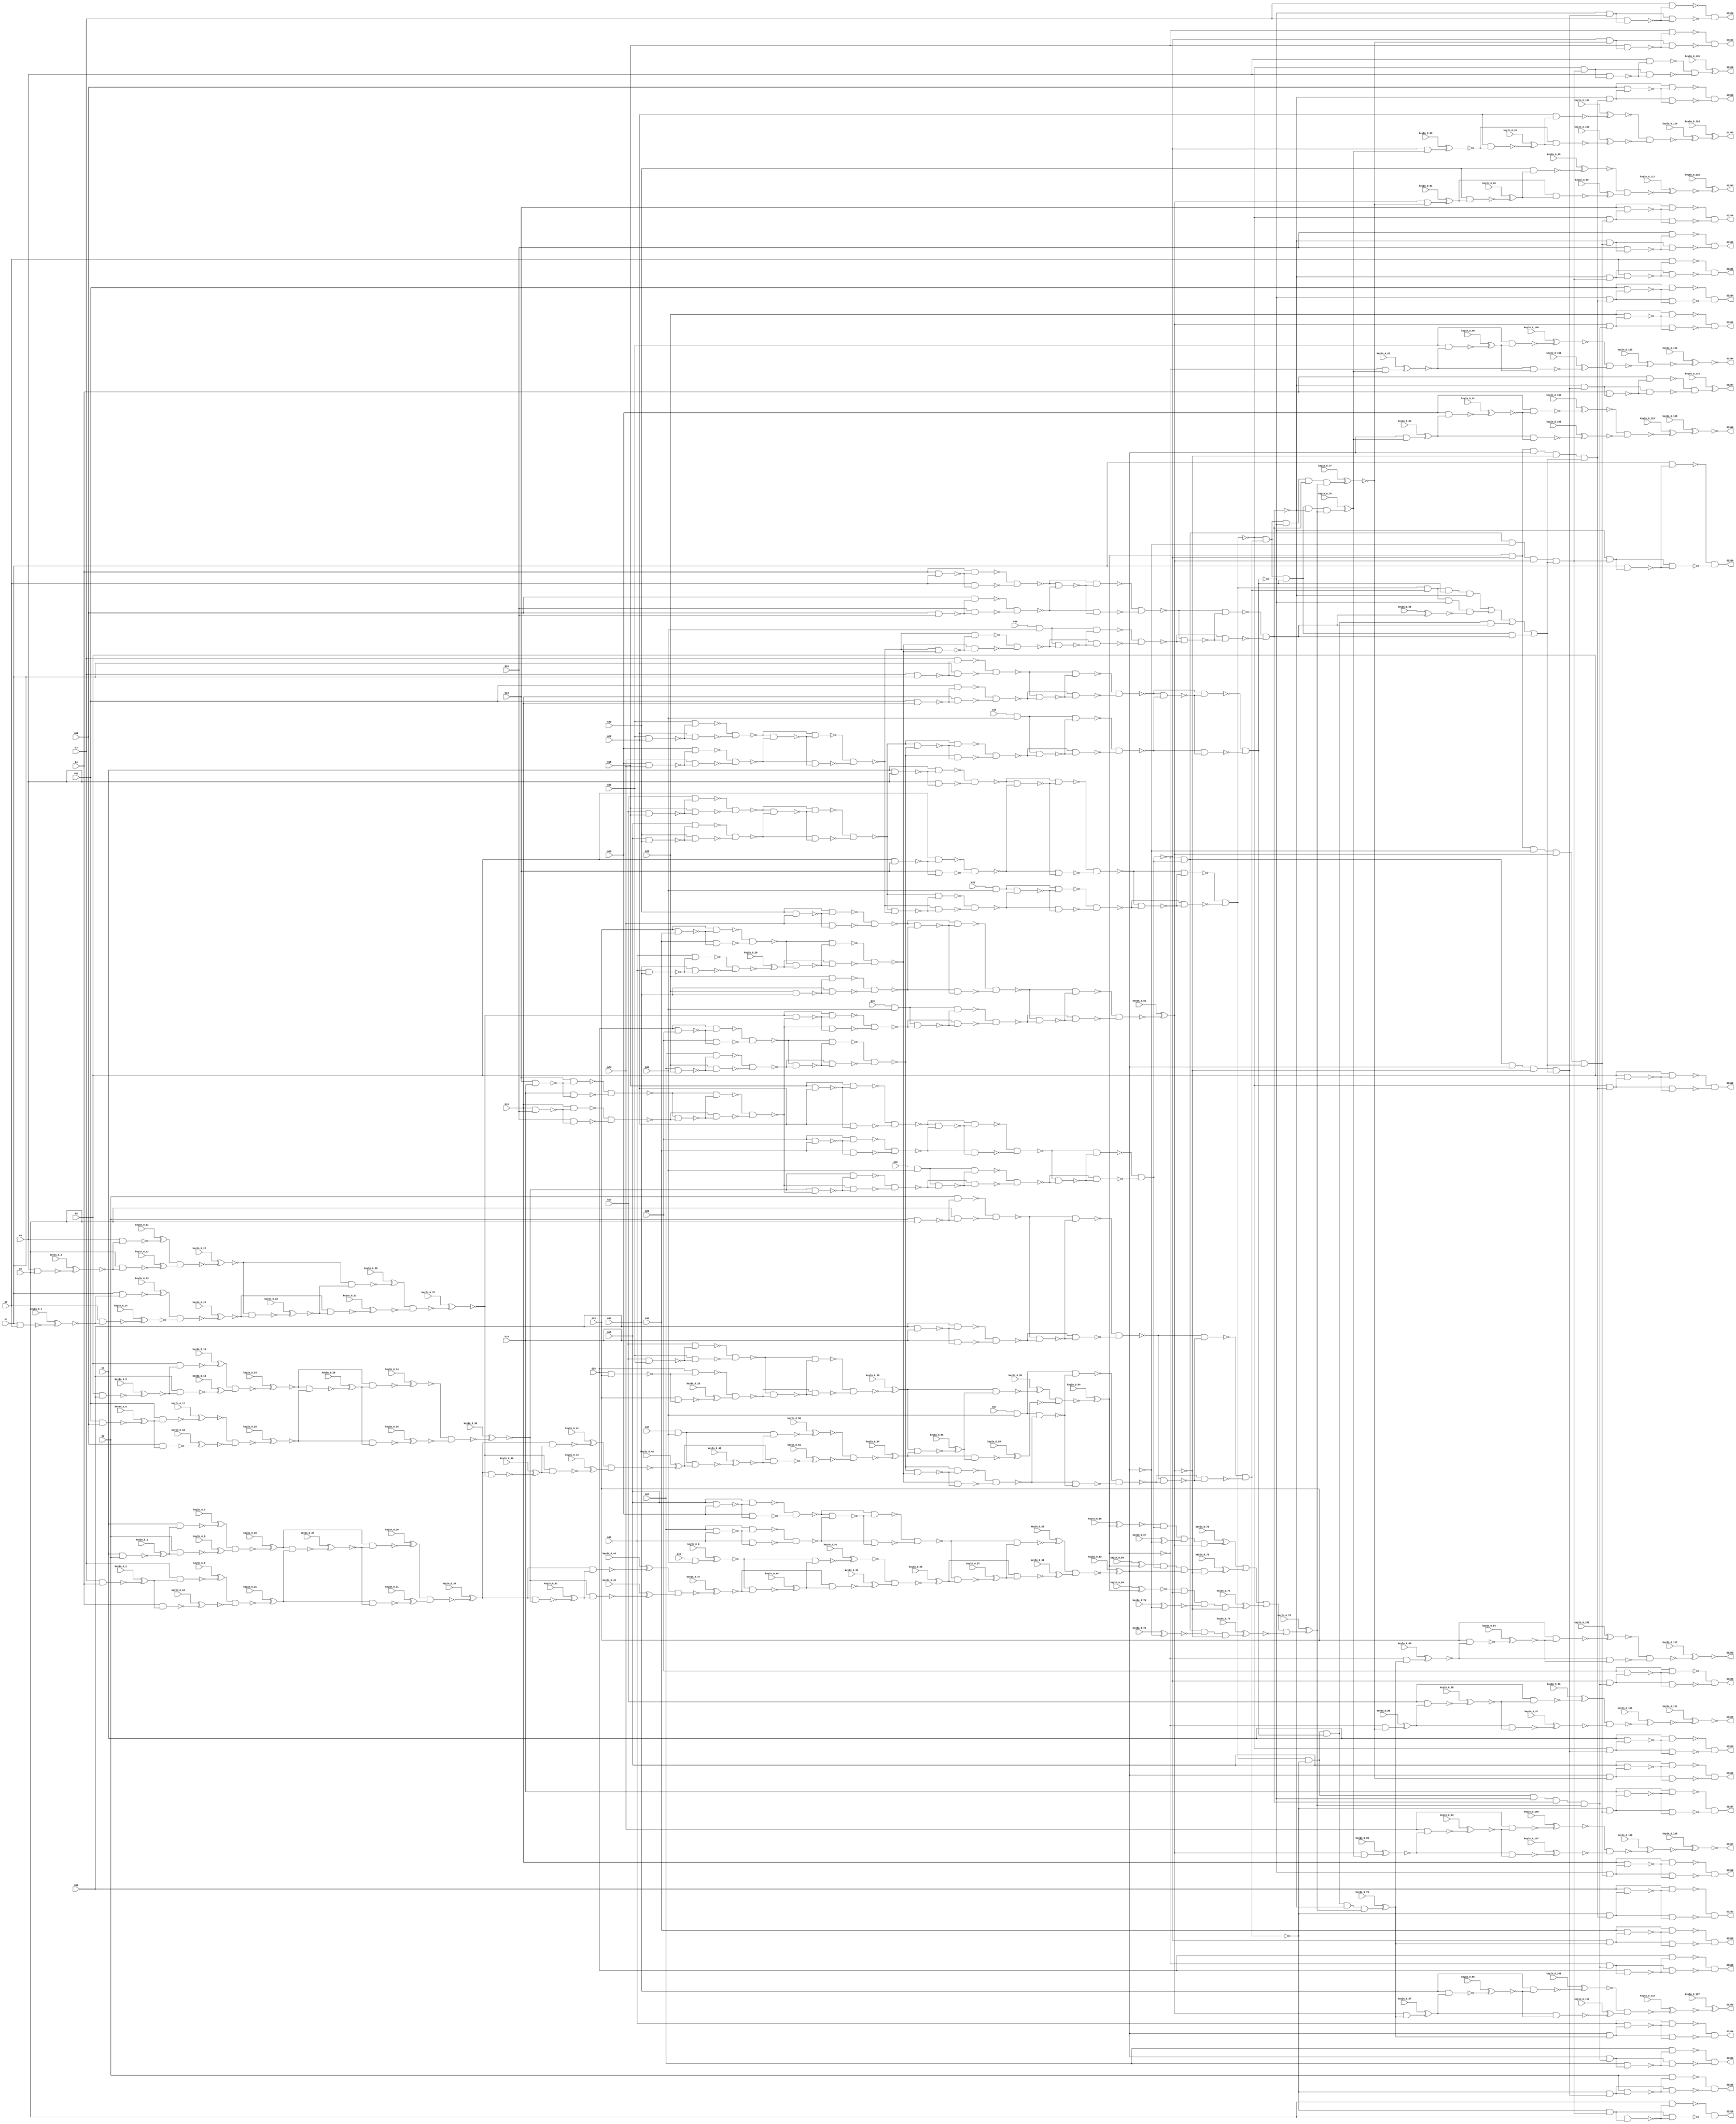
`timescale 1ns / 1ps
module top (G1,G10,G11,G12,G13,G1324,G1325,G1326,G1327,G1328,G1329,G1330,
  G1331,G1332,G1333,G1334,G1335,G1336,G1337,G1338,G1339,G1340,G1341,G1342,
  G1343,G1344,G1345,G1346,G1347,G1348,G1349,G1350,G1351,G1352,G1353,G1354,
  G1355,G14,G15,G16,G17,G18,G19,G2,G20,G21,G22,G23,G24,G25,G26,G27,G28,G29,G3,
                  G30,G31,G32,G33,G34,G35,G36,G37,G38,G39,G4,G40,G41,G5,G6,G7,G8,G9,
        keyIn_0_0, keyIn_0_1, keyIn_0_2, keyIn_0_3, keyIn_0_4,
        keyIn_0_5, keyIn_0_6, keyIn_0_7, keyIn_0_8, keyIn_0_9,
        keyIn_0_10, keyIn_0_11, keyIn_0_12, keyIn_0_13, keyIn_0_14,
        keyIn_0_15, keyIn_0_16, keyIn_0_17, keyIn_0_18, keyIn_0_19,
        keyIn_0_20, keyIn_0_21, keyIn_0_22, keyIn_0_23, keyIn_0_24,
        keyIn_0_25, keyIn_0_26, keyIn_0_27, keyIn_0_28, keyIn_0_29,
        keyIn_0_30, keyIn_0_31, keyIn_0_32, keyIn_0_33, keyIn_0_34,
        keyIn_0_35, keyIn_0_36, keyIn_0_37, keyIn_0_38, keyIn_0_39,
        keyIn_0_40, keyIn_0_41, keyIn_0_42, keyIn_0_43, keyIn_0_44,
        keyIn_0_45, keyIn_0_46, keyIn_0_47, keyIn_0_48, keyIn_0_49,
        keyIn_0_50, keyIn_0_51, keyIn_0_52, keyIn_0_53, keyIn_0_54,
        keyIn_0_55, keyIn_0_56, keyIn_0_57, keyIn_0_58, keyIn_0_59,
        keyIn_0_60, keyIn_0_61, keyIn_0_62, keyIn_0_63, keyIn_0_64,
        keyIn_0_65, keyIn_0_66, keyIn_0_67, keyIn_0_68, keyIn_0_69,
        keyIn_0_70, keyIn_0_71, keyIn_0_72, keyIn_0_73, keyIn_0_74,
        keyIn_0_75, keyIn_0_76, keyIn_0_77, keyIn_0_78, keyIn_0_79,
        keyIn_0_80, keyIn_0_81, keyIn_0_82, keyIn_0_83, keyIn_0_84,
        keyIn_0_85, keyIn_0_86, keyIn_0_87, keyIn_0_88, keyIn_0_89,
        keyIn_0_90, keyIn_0_91, keyIn_0_92, keyIn_0_93, keyIn_0_94,
        keyIn_0_95, keyIn_0_96, keyIn_0_97, keyIn_0_98, keyIn_0_99,
        keyIn_0_100, keyIn_0_101, keyIn_0_102, keyIn_0_103, keyIn_0_104,
        keyIn_0_105, keyIn_0_106, keyIn_0_107, keyIn_0_108, keyIn_0_109,
        keyIn_0_110, keyIn_0_111, keyIn_0_112, keyIn_0_113, keyIn_0_114,
        keyIn_0_115, keyIn_0_116, keyIn_0_117, keyIn_0_118, keyIn_0_119,
        keyIn_0_120, keyIn_0_121, keyIn_0_122, keyIn_0_123, keyIn_0_124,
        keyIn_0_125, keyIn_0_126, keyIn_0_127);

  input keyIn_0_0, keyIn_0_1, keyIn_0_2, keyIn_0_3, keyIn_0_4;
  input keyIn_0_5, keyIn_0_6, keyIn_0_7, keyIn_0_8, keyIn_0_9;
  input keyIn_0_10, keyIn_0_11, keyIn_0_12, keyIn_0_13, keyIn_0_14;
  input keyIn_0_15, keyIn_0_16, keyIn_0_17, keyIn_0_18, keyIn_0_19;
  input keyIn_0_20, keyIn_0_21, keyIn_0_22, keyIn_0_23, keyIn_0_24;
  input keyIn_0_25, keyIn_0_26, keyIn_0_27, keyIn_0_28, keyIn_0_29;
  input keyIn_0_30, keyIn_0_31, keyIn_0_32, keyIn_0_33, keyIn_0_34;
  input keyIn_0_35, keyIn_0_36, keyIn_0_37, keyIn_0_38, keyIn_0_39;
  input keyIn_0_40, keyIn_0_41, keyIn_0_42, keyIn_0_43, keyIn_0_44;
  input keyIn_0_45, keyIn_0_46, keyIn_0_47, keyIn_0_48, keyIn_0_49;
  input keyIn_0_50, keyIn_0_51, keyIn_0_52, keyIn_0_53, keyIn_0_54;
  input keyIn_0_55, keyIn_0_56, keyIn_0_57, keyIn_0_58, keyIn_0_59;
  input keyIn_0_60, keyIn_0_61, keyIn_0_62, keyIn_0_63, keyIn_0_64;
  input keyIn_0_65, keyIn_0_66, keyIn_0_67, keyIn_0_68, keyIn_0_69;
  input keyIn_0_70, keyIn_0_71, keyIn_0_72, keyIn_0_73, keyIn_0_74;
  input keyIn_0_75, keyIn_0_76, keyIn_0_77, keyIn_0_78, keyIn_0_79;
  input keyIn_0_80, keyIn_0_81, keyIn_0_82, keyIn_0_83, keyIn_0_84;
  input keyIn_0_85, keyIn_0_86, keyIn_0_87, keyIn_0_88, keyIn_0_89;
  input keyIn_0_90, keyIn_0_91, keyIn_0_92, keyIn_0_93, keyIn_0_94;
  input keyIn_0_95, keyIn_0_96, keyIn_0_97, keyIn_0_98, keyIn_0_99;
  input keyIn_0_100, keyIn_0_101, keyIn_0_102, keyIn_0_103, keyIn_0_104;
  input keyIn_0_105, keyIn_0_106, keyIn_0_107, keyIn_0_108, keyIn_0_109;
  input keyIn_0_110, keyIn_0_111, keyIn_0_112, keyIn_0_113, keyIn_0_114;
  input keyIn_0_115, keyIn_0_116, keyIn_0_117, keyIn_0_118, keyIn_0_119;
  input keyIn_0_120, keyIn_0_121, keyIn_0_122, keyIn_0_123, keyIn_0_124;
  input keyIn_0_125, keyIn_0_126, keyIn_0_127;

  wire [0:127] KeyWire_0;
  wire [0:57] KeyNOTWire_0;
input G1,G2,G3,G4,G5,G6,G7,G8,G9,G10,G11,G12,G13,G14,G15,G16,G17,G18,G19,G20,
  G21,G22,G23,G24,G25,G26,G27,G28,G29,G30,G31,G32,G33,G34,G35,G36,G37,G38,G39,
  G40,G41;
output G1324,G1325,G1326,G1327,G1328,G1329,G1330,G1331,G1332,G1333,G1334,G1335,
  G1336,G1337,G1338,G1339,G1340,G1341,G1342,G1343,G1344,G1345,G1346,G1347,
  G1348,G1349,G1350,G1351,G1352,G1353,G1354,G1355;

  wire G242,G245,G248,G251,G254,G257,G260,G263,G266,G269,G272,G275,G278,G281,
    G284,G287,G290,G293,G296,G299,G302,G305,G308,G311,G314,G317,G320,G323,G326,
    G329,G332,G335,G338,G341,G344,G347,G350,G353,G356,G359,G362,G363,G364,G365,
    G366,G367,G368,G369,G370,G371,G372,G373,G374,G375,G376,G377,G378,G379,G380,
    G381,G382,G383,G384,G385,G386,G387,G388,G389,G390,G391,G392,G393,G394,G395,
    G396,G397,G398,G399,G400,G401,G402,G403,G404,G405,G406,G407,G408,G409,G410,
    G411,G412,G413,G414,G415,G416,G417,G418,G419,G420,G421,G422,G423,G424,G425,
    G426,G429,G432,G435,G438,G441,G444,G447,G450,G453,G456,G459,G462,G465,G468,
    G471,G474,G477,G480,G483,G486,G489,G492,G495,G498,G501,G504,G507,G510,G513,
    G516,G519,G522,G525,G528,G531,G534,G537,G540,G543,G546,G549,G552,G555,G558,
    G561,G564,G567,G570,G571,G572,G573,G574,G575,G576,G577,G578,G579,G580,G581,
    G582,G583,G584,G585,G586,G587,G588,G589,G590,G591,G592,G593,G594,G595,G596,
    G597,G598,G599,G600,G601,G602,G607,G612,G617,G622,G627,G632,G637,G642,G645,
    G648,G651,G654,G657,G660,G663,G666,G669,G672,G675,G678,G681,G684,G687,G690,
    G691,G692,G693,G694,G695,G696,G697,G698,G699,G700,G701,G702,G703,G704,G705,
    G706,G709,G712,G715,G718,G721,G724,G727,G730,G733,G736,G739,G742,G745,G748,
    G751,G754,G755,G756,G757,G758,G759,G760,G761,G762,G763,G764,G765,G766,G767,
    G768,G769,G770,G773,G776,G779,G782,G785,G788,G791,G794,G797,G800,G803,G806,
    G809,G812,G815,G818,G819,G820,G821,G822,G823,G824,G825,G826,G827,G828,G829,
    G830,G831,G832,G833,G834,G847,G860,G873,G886,G899,G912,G925,G938,G939,G940,
    G941,G942,G943,G944,G945,G946,G947,G948,G949,G950,G951,G952,G953,G954,G955,
    G956,G957,G958,G959,G960,G961,G962,G963,G964,G965,G966,G967,G968,G969,G970,
    G971,G972,G973,G974,G975,G976,G977,G978,G979,G980,G981,G982,G983,G984,G985,
    G986,G991,G996,G1001,G1006,G1011,G1016,G1021,G1026,G1031,G1036,G1039,G1042,
    G1045,G1048,G1051,G1054,G1057,G1060,G1063,G1066,G1069,G1072,G1075,G1078,
    G1081,G1084,G1087,G1090,G1093,G1096,G1099,G1102,G1105,G1108,G1111,G1114,
    G1117,G1120,G1123,G1126,G1129,G1132,G1135,G1138,G1141,G1144,G1147,G1150,
    G1153,G1156,G1159,G1162,G1165,G1168,G1171,G1174,G1177,G1180,G1183,G1186,
    G1189,G1192,G1195,G1198,G1201,G1204,G1207,G1210,G1213,G1216,G1219,G1222,
    G1225,G1228,G1229,G1230,G1231,G1232,G1233,G1234,G1235,G1236,G1237,G1238,
    G1239,G1240,G1241,G1242,G1243,G1244,G1245,G1246,G1247,G1248,G1249,G1250,
    G1251,G1252,G1253,G1254,G1255,G1256,G1257,G1258,G1259,G1260,G1261,G1262,
    G1263,G1264,G1265,G1266,G1267,G1268,G1269,G1270,G1271,G1272,G1273,G1274,
    G1275,G1276,G1277,G1278,G1279,G1280,G1281,G1282,G1283,G1284,G1285,G1286,
    G1287,G1288,G1289,G1290,G1291,G1292,G1293,G1294,G1295,G1296,G1297,G1298,
    G1299,G1300,G1301,G1302,G1303,G1304,G1305,G1306,G1307,G1308,G1309,G1310,
    G1311,G1312,G1313,G1314,G1315,G1316,G1317,G1318,G1319,G1320,G1321,G1322,
    G1323;

  and AND2_0(G242,G33,G41);
  and AND2_1(G245,G34,G41);
  and AND2_2(G248,G35,G41);
  and AND2_3(G251,G36,G41);
  and AND2_4(G254,G37,G41);
  and AND2_5(G257,G38,G41);
  and AND2_6(KeyWire_0[0], G39,G41);
  xnor KeyGate_0_0(G260, keyIn_0_0, KeyWire_0[0]);
  and AND2_7(G263,G40,G41);
  nand NAND2_0(KeyWire_0[1], G1,G2);
  xnor KeyGate_0_1(KeyNOTWire_0[0], keyIn_0_1, KeyWire_0[1]);
  not KeyNOTGate_0_0(G266, KeyNOTWire_0[0]);
  nand NAND2_1(KeyWire_0[2], G3,G4);
  xor KeyGate_0_2(G269, keyIn_0_2, KeyWire_0[2]);
  nand NAND2_2(KeyWire_0[3], G5,G6);
  xor KeyGate_0_3(KeyNOTWire_0[1], keyIn_0_3, KeyWire_0[3]);
  not KeyNOTGate_0_1(G272, KeyNOTWire_0[1]);
  nand NAND2_3(KeyWire_0[4], G7,G8);
  xor KeyGate_0_4(KeyNOTWire_0[2], keyIn_0_4, KeyWire_0[4]);
  not KeyNOTGate_0_2(G275, KeyNOTWire_0[2]);
  nand NAND2_4(KeyWire_0[5], G9,G10);
  xor KeyGate_0_5(KeyNOTWire_0[3], keyIn_0_5, KeyWire_0[5]);
  not KeyNOTGate_0_3(G278, KeyNOTWire_0[3]);
  nand NAND2_5(KeyWire_0[6], G11,G12);
  xnor KeyGate_0_6(KeyNOTWire_0[4], keyIn_0_6, KeyWire_0[6]);
  not KeyNOTGate_0_4(G281, KeyNOTWire_0[4]);
  nand NAND2_6(G284,G13,G14);
  nand NAND2_7(G287,G15,G16);
  nand NAND2_8(G290,G17,G18);
  nand NAND2_9(G293,G19,G20);
  nand NAND2_10(G296,G21,G22);
  nand NAND2_11(G299,G23,G24);
  nand NAND2_12(G302,G25,G26);
  nand NAND2_13(G305,G27,G28);
  nand NAND2_14(G308,G29,G30);
  nand NAND2_15(G311,G31,G32);
  nand NAND2_16(G314,G1,G5);
  nand NAND2_17(G317,G9,G13);
  nand NAND2_18(G320,G2,G6);
  nand NAND2_19(G323,G10,G14);
  nand NAND2_20(G326,G3,G7);
  nand NAND2_21(G329,G11,G15);
  nand NAND2_22(G332,G4,G8);
  nand NAND2_23(G335,G12,G16);
  nand NAND2_24(G338,G17,G21);
  nand NAND2_25(G341,G25,G29);
  nand NAND2_26(G344,G18,G22);
  nand NAND2_27(G347,G26,G30);
  nand NAND2_28(G350,G19,G23);
  nand NAND2_29(G353,G27,G31);
  nand NAND2_30(G356,G20,G24);
  nand NAND2_31(G359,G28,G32);
  nand NAND2_32(KeyWire_0[7], G1,G266);
  xnor KeyGate_0_7(KeyNOTWire_0[5], keyIn_0_7, KeyWire_0[7]);
  not KeyNOTGate_0_5(G362, KeyNOTWire_0[5]);
  nand NAND2_33(KeyWire_0[8], G2,G266);
  xnor KeyGate_0_8(KeyNOTWire_0[6], keyIn_0_8, KeyWire_0[8]);
  not KeyNOTGate_0_6(G363, KeyNOTWire_0[6]);
  nand NAND2_34(KeyWire_0[9], G3,G269);
  xor KeyGate_0_9(G364, keyIn_0_9, KeyWire_0[9]);
  nand NAND2_35(KeyWire_0[10], G4,G269);
  xor KeyGate_0_10(KeyNOTWire_0[7], keyIn_0_10, KeyWire_0[10]);
  not KeyNOTGate_0_7(G365, KeyNOTWire_0[7]);
  nand NAND2_36(KeyWire_0[11], G5,G272);
  xnor KeyGate_0_11(KeyNOTWire_0[8], keyIn_0_11, KeyWire_0[11]);
  not KeyNOTGate_0_8(G366, KeyNOTWire_0[8]);
  nand NAND2_37(KeyWire_0[12], G6,G272);
  xor KeyGate_0_12(G367, keyIn_0_12, KeyWire_0[12]);
  nand NAND2_38(KeyWire_0[13], G7,G275);
  xnor KeyGate_0_13(KeyNOTWire_0[9], keyIn_0_13, KeyWire_0[13]);
  not KeyNOTGate_0_9(G368, KeyNOTWire_0[9]);
  nand NAND2_39(KeyWire_0[14], G8,G275);
  xor KeyGate_0_14(KeyNOTWire_0[10], keyIn_0_14, KeyWire_0[14]);
  not KeyNOTGate_0_10(G369, KeyNOTWire_0[10]);
  nand NAND2_40(KeyWire_0[15], G9,G278);
  xnor KeyGate_0_15(KeyNOTWire_0[11], keyIn_0_15, KeyWire_0[15]);
  not KeyNOTGate_0_11(G370, KeyNOTWire_0[11]);
  nand NAND2_41(KeyWire_0[16], G10,G278);
  xnor KeyGate_0_16(KeyNOTWire_0[12], keyIn_0_16, KeyWire_0[16]);
  not KeyNOTGate_0_12(G371, KeyNOTWire_0[12]);
  nand NAND2_42(KeyWire_0[17], G11,G281);
  xnor KeyGate_0_17(G372, keyIn_0_17, KeyWire_0[17]);
  nand NAND2_43(KeyWire_0[18], G12,G281);
  xor KeyGate_0_18(KeyNOTWire_0[13], keyIn_0_18, KeyWire_0[18]);
  not KeyNOTGate_0_13(G373, KeyNOTWire_0[13]);
  nand NAND2_44(G374,G13,G284);
  nand NAND2_45(G375,G14,G284);
  nand NAND2_46(G376,G15,G287);
  nand NAND2_47(G377,G16,G287);
  nand NAND2_48(G378,G17,G290);
  nand NAND2_49(G379,G18,G290);
  nand NAND2_50(G380,G19,G293);
  nand NAND2_51(G381,G20,G293);
  nand NAND2_52(G382,G21,G296);
  nand NAND2_53(G383,G22,G296);
  nand NAND2_54(G384,G23,G299);
  nand NAND2_55(G385,G24,G299);
  nand NAND2_56(G386,G25,G302);
  nand NAND2_57(G387,G26,G302);
  nand NAND2_58(G388,G27,G305);
  nand NAND2_59(G389,G28,G305);
  nand NAND2_60(G390,G29,G308);
  nand NAND2_61(G391,G30,G308);
  nand NAND2_62(G392,G31,G311);
  nand NAND2_63(G393,G32,G311);
  nand NAND2_64(G394,G1,G314);
  nand NAND2_65(G395,G5,G314);
  nand NAND2_66(G396,G9,G317);
  nand NAND2_67(G397,G13,G317);
  nand NAND2_68(G398,G2,G320);
  nand NAND2_69(G399,G6,G320);
  nand NAND2_70(G400,G10,G323);
  nand NAND2_71(G401,G14,G323);
  nand NAND2_72(G402,G3,G326);
  nand NAND2_73(G403,G7,G326);
  nand NAND2_74(G404,G11,G329);
  nand NAND2_75(G405,G15,G329);
  nand NAND2_76(G406,G4,G332);
  nand NAND2_77(G407,G8,G332);
  nand NAND2_78(G408,G12,G335);
  nand NAND2_79(G409,G16,G335);
  nand NAND2_80(G410,G17,G338);
  nand NAND2_81(G411,G21,G338);
  nand NAND2_82(G412,G25,G341);
  nand NAND2_83(KeyWire_0[19], G29,G341);
  xnor KeyGate_0_19(KeyNOTWire_0[14], keyIn_0_19, KeyWire_0[19]);
  not KeyNOTGate_0_14(G413, KeyNOTWire_0[14]);
  nand NAND2_84(G414,G18,G344);
  nand NAND2_85(G415,G22,G344);
  nand NAND2_86(G416,G26,G347);
  nand NAND2_87(G417,G30,G347);
  nand NAND2_88(G418,G19,G350);
  nand NAND2_89(G419,G23,G350);
  nand NAND2_90(G420,G27,G353);
  nand NAND2_91(G421,G31,G353);
  nand NAND2_92(G422,G20,G356);
  nand NAND2_93(G423,G24,G356);
  nand NAND2_94(G424,G28,G359);
  nand NAND2_95(G425,G32,G359);
  nand NAND2_96(KeyWire_0[20], G362,G363);
  xor KeyGate_0_20(G426, keyIn_0_20, KeyWire_0[20]);
  nand NAND2_97(KeyWire_0[21], G364,G365);
  xor KeyGate_0_21(G429, keyIn_0_21, KeyWire_0[21]);
  nand NAND2_98(KeyWire_0[22], G366,G367);
  xor KeyGate_0_22(KeyNOTWire_0[15], keyIn_0_22, KeyWire_0[22]);
  not KeyNOTGate_0_15(G432, KeyNOTWire_0[15]);
  nand NAND2_99(KeyWire_0[23], G368,G369);
  xnor KeyGate_0_23(G435, keyIn_0_23, KeyWire_0[23]);
  nand NAND2_100(KeyWire_0[24], G370,G371);
  xor KeyGate_0_24(KeyNOTWire_0[16], keyIn_0_24, KeyWire_0[24]);
  not KeyNOTGate_0_16(G438, KeyNOTWire_0[16]);
  nand NAND2_101(KeyWire_0[25], G372,G373);
  xnor KeyGate_0_25(G441, keyIn_0_25, KeyWire_0[25]);
  nand NAND2_102(G444,G374,G375);
  nand NAND2_103(G447,G376,G377);
  nand NAND2_104(G450,G378,G379);
  nand NAND2_105(G453,G380,G381);
  nand NAND2_106(G456,G382,G383);
  nand NAND2_107(G459,G384,G385);
  nand NAND2_108(G462,G386,G387);
  nand NAND2_109(G465,G388,G389);
  nand NAND2_110(G468,G390,G391);
  nand NAND2_111(KeyWire_0[26], G392,G393);
  xor KeyGate_0_26(G471, keyIn_0_26, KeyWire_0[26]);
  nand NAND2_112(G474,G394,G395);
  nand NAND2_113(G477,G396,G397);
  nand NAND2_114(G480,G398,G399);
  nand NAND2_115(G483,G400,G401);
  nand NAND2_116(G486,G402,G403);
  nand NAND2_117(G489,G404,G405);
  nand NAND2_118(G492,G406,G407);
  nand NAND2_119(G495,G408,G409);
  nand NAND2_120(G498,G410,G411);
  nand NAND2_121(G501,G412,G413);
  nand NAND2_122(G504,G414,G415);
  nand NAND2_123(G507,G416,G417);
  nand NAND2_124(G510,G418,G419);
  nand NAND2_125(G513,G420,G421);
  nand NAND2_126(G516,G422,G423);
  nand NAND2_127(G519,G424,G425);
  nand NAND2_128(KeyWire_0[27], G426,G429);
  xnor KeyGate_0_27(G522, keyIn_0_27, KeyWire_0[27]);
  nand NAND2_129(KeyWire_0[28], G432,G435);
  xnor KeyGate_0_28(G525, keyIn_0_28, KeyWire_0[28]);
  nand NAND2_130(KeyWire_0[29], G438,G441);
  xor KeyGate_0_29(G528, keyIn_0_29, KeyWire_0[29]);
  nand NAND2_131(G531,G444,G447);
  nand NAND2_132(G534,G450,G453);
  nand NAND2_133(G537,G456,G459);
  nand NAND2_134(G540,G462,G465);
  nand NAND2_135(G543,G468,G471);
  nand NAND2_136(G546,G474,G477);
  nand NAND2_137(G549,G480,G483);
  nand NAND2_138(G552,G486,G489);
  nand NAND2_139(G555,G492,G495);
  nand NAND2_140(G558,G498,G501);
  nand NAND2_141(G561,G504,G507);
  nand NAND2_142(G564,G510,G513);
  nand NAND2_143(G567,G516,G519);
  nand NAND2_144(KeyWire_0[30], G426,G522);
  xnor KeyGate_0_30(KeyNOTWire_0[17], keyIn_0_30, KeyWire_0[30]);
  not KeyNOTGate_0_17(G570, KeyNOTWire_0[17]);
  nand NAND2_145(KeyWire_0[31], G429,G522);
  xor KeyGate_0_31(G571, keyIn_0_31, KeyWire_0[31]);
  nand NAND2_146(KeyWire_0[32], G432,G525);
  xor KeyGate_0_32(G572, keyIn_0_32, KeyWire_0[32]);
  nand NAND2_147(KeyWire_0[33], G435,G525);
  xor KeyGate_0_33(KeyNOTWire_0[18], keyIn_0_33, KeyWire_0[33]);
  not KeyNOTGate_0_18(G573, KeyNOTWire_0[18]);
  nand NAND2_148(KeyWire_0[34], G438,G528);
  xnor KeyGate_0_34(G574, keyIn_0_34, KeyWire_0[34]);
  nand NAND2_149(KeyWire_0[35], G441,G528);
  xnor KeyGate_0_35(G575, keyIn_0_35, KeyWire_0[35]);
  nand NAND2_150(G576,G444,G531);
  nand NAND2_151(G577,G447,G531);
  nand NAND2_152(G578,G450,G534);
  nand NAND2_153(G579,G453,G534);
  nand NAND2_154(G580,G456,G537);
  nand NAND2_155(G581,G459,G537);
  nand NAND2_156(G582,G462,G540);
  nand NAND2_157(G583,G465,G540);
  nand NAND2_158(G584,G468,G543);
  nand NAND2_159(G585,G471,G543);
  nand NAND2_160(G586,G474,G546);
  nand NAND2_161(G587,G477,G546);
  nand NAND2_162(G588,G480,G549);
  nand NAND2_163(G589,G483,G549);
  nand NAND2_164(G590,G486,G552);
  nand NAND2_165(G591,G489,G552);
  nand NAND2_166(G592,G492,G555);
  nand NAND2_167(G593,G495,G555);
  nand NAND2_168(G594,G498,G558);
  nand NAND2_169(G595,G501,G558);
  nand NAND2_170(G596,G504,G561);
  nand NAND2_171(G597,G507,G561);
  nand NAND2_172(G598,G510,G564);
  nand NAND2_173(G599,G513,G564);
  nand NAND2_174(G600,G516,G567);
  nand NAND2_175(G601,G519,G567);
  nand NAND2_176(KeyWire_0[36], G570,G571);
  xnor KeyGate_0_36(KeyNOTWire_0[19], keyIn_0_36, KeyWire_0[36]);
  not KeyNOTGate_0_19(G602, KeyNOTWire_0[19]);
  nand NAND2_177(KeyWire_0[37], G572,G573);
  xor KeyGate_0_37(KeyNOTWire_0[20], keyIn_0_37, KeyWire_0[37]);
  not KeyNOTGate_0_20(G607, KeyNOTWire_0[20]);
  nand NAND2_178(KeyWire_0[38], G574,G575);
  xnor KeyGate_0_38(G612, keyIn_0_38, KeyWire_0[38]);
  nand NAND2_179(G617,G576,G577);
  nand NAND2_180(G622,G578,G579);
  nand NAND2_181(G627,G580,G581);
  nand NAND2_182(G632,G582,G583);
  nand NAND2_183(G637,G584,G585);
  nand NAND2_184(G642,G586,G587);
  nand NAND2_185(G645,G588,G589);
  nand NAND2_186(G648,G590,G591);
  nand NAND2_187(G651,G592,G593);
  nand NAND2_188(KeyWire_0[39], G594,G595);
  xor KeyGate_0_39(G654, keyIn_0_39, KeyWire_0[39]);
  nand NAND2_189(G657,G596,G597);
  nand NAND2_190(G660,G598,G599);
  nand NAND2_191(G663,G600,G601);
  nand NAND2_192(KeyWire_0[40], G602,G607);
  xor KeyGate_0_40(G666, keyIn_0_40, KeyWire_0[40]);
  nand NAND2_193(G669,G612,G617);
  nand NAND2_194(KeyWire_0[41], G602,G612);
  xor KeyGate_0_41(G672, keyIn_0_41, KeyWire_0[41]);
  nand NAND2_195(G675,G607,G617);
  nand NAND2_196(G678,G622,G627);
  nand NAND2_197(G681,G632,G637);
  nand NAND2_198(G684,G622,G632);
  nand NAND2_199(G687,G627,G637);
  nand NAND2_200(KeyWire_0[42], G602,G666);
  xor KeyGate_0_42(G690, keyIn_0_42, KeyWire_0[42]);
  nand NAND2_201(KeyWire_0[43], G607,G666);
  xnor KeyGate_0_43(KeyNOTWire_0[21], keyIn_0_43, KeyWire_0[43]);
  not KeyNOTGate_0_21(G691, KeyNOTWire_0[21]);
  nand NAND2_202(G692,G612,G669);
  nand NAND2_203(G693,G617,G669);
  nand NAND2_204(KeyWire_0[44], G602,G672);
  xnor KeyGate_0_44(KeyNOTWire_0[22], keyIn_0_44, KeyWire_0[44]);
  not KeyNOTGate_0_22(G694, KeyNOTWire_0[22]);
  nand NAND2_205(KeyWire_0[45], G612,G672);
  xnor KeyGate_0_45(KeyNOTWire_0[23], keyIn_0_45, KeyWire_0[45]);
  not KeyNOTGate_0_23(G695, KeyNOTWire_0[23]);
  nand NAND2_206(G696,G607,G675);
  nand NAND2_207(G697,G617,G675);
  nand NAND2_208(G698,G622,G678);
  nand NAND2_209(G699,G627,G678);
  nand NAND2_210(G700,G632,G681);
  nand NAND2_211(G701,G637,G681);
  nand NAND2_212(G702,G622,G684);
  nand NAND2_213(G703,G632,G684);
  nand NAND2_214(G704,G627,G687);
  nand NAND2_215(G705,G637,G687);
  nand NAND2_216(KeyWire_0[46], G690,G691);
  xor KeyGate_0_46(G706, keyIn_0_46, KeyWire_0[46]);
  nand NAND2_217(G709,G692,G693);
  nand NAND2_218(KeyWire_0[47], G694,G695);
  xor KeyGate_0_47(KeyNOTWire_0[24], keyIn_0_47, KeyWire_0[47]);
  not KeyNOTGate_0_24(G712, KeyNOTWire_0[24]);
  nand NAND2_219(G715,G696,G697);
  nand NAND2_220(G718,G698,G699);
  nand NAND2_221(G721,G700,G701);
  nand NAND2_222(G724,G702,G703);
  nand NAND2_223(G727,G704,G705);
  nand NAND2_224(G730,G242,G718);
  nand NAND2_225(G733,G245,G721);
  nand NAND2_226(G736,G248,G724);
  nand NAND2_227(G739,G251,G727);
  nand NAND2_228(KeyWire_0[48], G254,G706);
  xnor KeyGate_0_48(G742, keyIn_0_48, KeyWire_0[48]);
  nand NAND2_229(G745,G257,G709);
  nand NAND2_230(KeyWire_0[49], G260,G712);
  xor KeyGate_0_49(G748, keyIn_0_49, KeyWire_0[49]);
  nand NAND2_231(G751,G263,G715);
  nand NAND2_232(G754,G242,G730);
  nand NAND2_233(G755,G718,G730);
  nand NAND2_234(G756,G245,G733);
  nand NAND2_235(G757,G721,G733);
  nand NAND2_236(G758,G248,G736);
  nand NAND2_237(G759,G724,G736);
  nand NAND2_238(G760,G251,G739);
  nand NAND2_239(G761,G727,G739);
  nand NAND2_240(KeyWire_0[50], G254,G742);
  xor KeyGate_0_50(KeyNOTWire_0[25], keyIn_0_50, KeyWire_0[50]);
  not KeyNOTGate_0_25(G762, KeyNOTWire_0[25]);
  nand NAND2_241(KeyWire_0[51], G706,G742);
  xnor KeyGate_0_51(G763, keyIn_0_51, KeyWire_0[51]);
  nand NAND2_242(G764,G257,G745);
  nand NAND2_243(G765,G709,G745);
  nand NAND2_244(KeyWire_0[52], G260,G748);
  xnor KeyGate_0_52(G766, keyIn_0_52, KeyWire_0[52]);
  nand NAND2_245(KeyWire_0[53], G712,G748);
  xnor KeyGate_0_53(KeyNOTWire_0[26], keyIn_0_53, KeyWire_0[53]);
  not KeyNOTGate_0_26(G767, KeyNOTWire_0[26]);
  nand NAND2_246(G768,G263,G751);
  nand NAND2_247(G769,G715,G751);
  nand NAND2_248(G770,G754,G755);
  nand NAND2_249(G773,G756,G757);
  nand NAND2_250(G776,G758,G759);
  nand NAND2_251(G779,G760,G761);
  nand NAND2_252(KeyWire_0[54], G762,G763);
  xor KeyGate_0_54(G782, keyIn_0_54, KeyWire_0[54]);
  nand NAND2_253(G785,G764,G765);
  nand NAND2_254(KeyWire_0[55], G766,G767);
  xor KeyGate_0_55(G788, keyIn_0_55, KeyWire_0[55]);
  nand NAND2_255(G791,G768,G769);
  nand NAND2_256(G794,G642,G770);
  nand NAND2_257(G797,G645,G773);
  nand NAND2_258(G800,G648,G776);
  nand NAND2_259(G803,G651,G779);
  nand NAND2_260(KeyWire_0[56], G654,G782);
  xor KeyGate_0_56(G806, keyIn_0_56, KeyWire_0[56]);
  nand NAND2_261(G809,G657,G785);
  nand NAND2_262(KeyWire_0[57], G660,G788);
  xnor KeyGate_0_57(KeyNOTWire_0[27], keyIn_0_57, KeyWire_0[57]);
  not KeyNOTGate_0_27(G812, KeyNOTWire_0[27]);
  nand NAND2_263(G815,G663,G791);
  nand NAND2_264(G818,G642,G794);
  nand NAND2_265(G819,G770,G794);
  nand NAND2_266(G820,G645,G797);
  nand NAND2_267(G821,G773,G797);
  nand NAND2_268(G822,G648,G800);
  nand NAND2_269(G823,G776,G800);
  nand NAND2_270(G824,G651,G803);
  nand NAND2_271(G825,G779,G803);
  nand NAND2_272(KeyWire_0[58], G654,G806);
  xor KeyGate_0_58(G826, keyIn_0_58, KeyWire_0[58]);
  nand NAND2_273(KeyWire_0[59], G782,G806);
  xor KeyGate_0_59(KeyNOTWire_0[28], keyIn_0_59, KeyWire_0[59]);
  not KeyNOTGate_0_28(G827, KeyNOTWire_0[28]);
  nand NAND2_274(G828,G657,G809);
  nand NAND2_275(G829,G785,G809);
  nand NAND2_276(KeyWire_0[60], G660,G812);
  xor KeyGate_0_60(G830, keyIn_0_60, KeyWire_0[60]);
  nand NAND2_277(KeyWire_0[61], G788,G812);
  xor KeyGate_0_61(G831, keyIn_0_61, KeyWire_0[61]);
  nand NAND2_278(G832,G663,G815);
  nand NAND2_279(G833,G791,G815);
  nand NAND2_280(G834,G818,G819);
  nand NAND2_281(G847,G820,G821);
  nand NAND2_282(G860,G822,G823);
  nand NAND2_283(G873,G824,G825);
  nand NAND2_284(G886,G828,G829);
  nand NAND2_285(KeyWire_0[62], G832,G833);
  xnor KeyGate_0_62(KeyNOTWire_0[29], keyIn_0_62, KeyWire_0[62]);
  not KeyNOTGate_0_29(G899, KeyNOTWire_0[29]);
  nand NAND2_286(KeyWire_0[63], G830,G831);
  xnor KeyGate_0_63(KeyNOTWire_0[30], keyIn_0_63, KeyWire_0[63]);
  not KeyNOTGate_0_30(G912, KeyNOTWire_0[30]);
  nand NAND2_287(KeyWire_0[64], G826,G827);
  xnor KeyGate_0_64(G925, keyIn_0_64, KeyWire_0[64]);
  not NOT_0(G938,G834);
  not NOT_1(G939,G847);
  not NOT_2(G940,G860);
  not NOT_3(G941,G834);
  not NOT_4(G942,G847);
  not NOT_5(KeyWire_0[65], G873);
  xor KeyGate_0_65(KeyNOTWire_0[31], keyIn_0_65, KeyWire_0[65]);
  not KeyNOTGate_0_31(G943, KeyNOTWire_0[31]);
  not NOT_6(G944,G834);
  not NOT_7(G945,G860);
  not NOT_8(G946,G873);
  not NOT_9(G947,G847);
  not NOT_10(G948,G860);
  not NOT_11(G949,G873);
  not NOT_12(G950,G886);
  not NOT_13(G951,G899);
  not NOT_14(G952,G886);
  not NOT_15(G953,G912);
  not NOT_16(G954,G925);
  not NOT_17(G955,G899);
  not NOT_18(G956,G925);
  not NOT_19(G957,G912);
  not NOT_20(KeyWire_0[66], G925);
  xor KeyGate_0_66(KeyNOTWire_0[32], keyIn_0_66, KeyWire_0[66]);
  not KeyNOTGate_0_32(G958, KeyNOTWire_0[32]);
  not NOT_21(G959,G886);
  not NOT_22(KeyWire_0[67], G912);
  xor KeyGate_0_67(G960, keyIn_0_67, KeyWire_0[67]);
  not NOT_23(KeyWire_0[68], G925);
  xor KeyGate_0_68(G961, keyIn_0_68, KeyWire_0[68]);
  not NOT_24(G962,G886);
  not NOT_25(G963,G899);
  not NOT_26(KeyWire_0[69], G925);
  xnor KeyGate_0_69(G964, keyIn_0_69, KeyWire_0[69]);
  not NOT_27(KeyWire_0[70], G912);
  xnor KeyGate_0_70(G965, keyIn_0_70, KeyWire_0[70]);
  not NOT_28(G966,G899);
  not NOT_29(G967,G886);
  not NOT_30(KeyWire_0[71], G912);
  xnor KeyGate_0_71(G968, keyIn_0_71, KeyWire_0[71]);
  not NOT_31(G969,G899);
  not NOT_32(G970,G847);
  not NOT_33(G971,G873);
  not NOT_34(G972,G847);
  not NOT_35(G973,G860);
  not NOT_36(G974,G834);
  not NOT_37(G975,G873);
  not NOT_38(G976,G834);
  not NOT_39(G977,G860);
  and AND4_0(G978,G938,G939,G940,G873);
  and AND4_1(G979,G941,G942,G860,G943);
  and AND4_2(G980,G944,G847,G945,G946);
  and AND4_3(G981,G834,G947,G948,G949);
  and AND4_4(KeyWire_0[72], G958,G959,G960,G899);
  xnor KeyGate_0_72(KeyNOTWire_0[33], keyIn_0_72, KeyWire_0[72]);
  not KeyNOTGate_0_33(G982, KeyNOTWire_0[33]);
  and AND4_5(KeyWire_0[73], G961,G962,G912,G963);
  xnor KeyGate_0_73(KeyNOTWire_0[34], keyIn_0_73, KeyWire_0[73]);
  not KeyNOTGate_0_34(G983, KeyNOTWire_0[34]);
  and AND4_6(KeyWire_0[74], G964,G886,G965,G966);
  xnor KeyGate_0_74(KeyNOTWire_0[35], keyIn_0_74, KeyWire_0[74]);
  not KeyNOTGate_0_35(G984, KeyNOTWire_0[35]);
  and AND4_7(KeyWire_0[75], G925,G967,G968,G969);
  xnor KeyGate_0_75(G985, keyIn_0_75, KeyWire_0[75]);
  or OR4_0(G986,G978,G979,G980,G981);
  or OR4_1(KeyWire_0[76], G982,G983,G984,G985);
  xor KeyGate_0_76(G991, keyIn_0_76, KeyWire_0[76]);
  and AND5_0(G996,G925,G950,G912,G951,G986);
  and AND5_1(G1001,G925,G952,G953,G899,G986);
  and AND5_2(G1006,G954,G886,G912,G955,G986);
  and AND5_3(G1011,G956,G886,G957,G899,G986);
  and AND5_4(KeyWire_0[77], G834,G970,G860,G971,G991);
  xor KeyGate_0_77(KeyNOTWire_0[36], keyIn_0_77, KeyWire_0[77]);
  not KeyNOTGate_0_36(G1016, KeyNOTWire_0[36]);
  and AND5_5(KeyWire_0[78], G834,G972,G973,G873,G991);
  xor KeyGate_0_78(G1021, keyIn_0_78, KeyWire_0[78]);
  and AND5_6(G1026,G974,G847,G860,G975,G991);
  and AND5_7(KeyWire_0[79], G976,G847,G977,G873,G991);
  xnor KeyGate_0_79(KeyNOTWire_0[37], keyIn_0_79, KeyWire_0[79]);
  not KeyNOTGate_0_37(G1031, KeyNOTWire_0[37]);
  and AND2_8(G1036,G834,G996);
  and AND2_9(G1039,G847,G996);
  and AND2_10(G1042,G860,G996);
  and AND2_11(G1045,G873,G996);
  and AND2_12(G1048,G834,G1001);
  and AND2_13(G1051,G847,G1001);
  and AND2_14(G1054,G860,G1001);
  and AND2_15(G1057,G873,G1001);
  and AND2_16(G1060,G834,G1006);
  and AND2_17(G1063,G847,G1006);
  and AND2_18(G1066,G860,G1006);
  and AND2_19(G1069,G873,G1006);
  and AND2_20(G1072,G834,G1011);
  and AND2_21(G1075,G847,G1011);
  and AND2_22(G1078,G860,G1011);
  and AND2_23(G1081,G873,G1011);
  and AND2_24(KeyWire_0[80], G925,G1016);
  xor KeyGate_0_80(G1084, keyIn_0_80, KeyWire_0[80]);
  and AND2_25(G1087,G886,G1016);
  and AND2_26(G1090,G912,G1016);
  and AND2_27(KeyWire_0[81], G899,G1016);
  xor KeyGate_0_81(G1093, keyIn_0_81, KeyWire_0[81]);
  and AND2_28(KeyWire_0[82], G925,G1021);
  xnor KeyGate_0_82(G1096, keyIn_0_82, KeyWire_0[82]);
  and AND2_29(KeyWire_0[83], G886,G1021);
  xnor KeyGate_0_83(G1099, keyIn_0_83, KeyWire_0[83]);
  and AND2_30(KeyWire_0[84], G912,G1021);
  xor KeyGate_0_84(G1102, keyIn_0_84, KeyWire_0[84]);
  and AND2_31(KeyWire_0[85], G899,G1021);
  xor KeyGate_0_85(KeyNOTWire_0[38], keyIn_0_85, KeyWire_0[85]);
  not KeyNOTGate_0_38(G1105, KeyNOTWire_0[38]);
  and AND2_32(G1108,G925,G1026);
  and AND2_33(G1111,G886,G1026);
  and AND2_34(G1114,G912,G1026);
  and AND2_35(G1117,G899,G1026);
  and AND2_36(KeyWire_0[86], G925,G1031);
  xnor KeyGate_0_86(G1120, keyIn_0_86, KeyWire_0[86]);
  and AND2_37(G1123,G886,G1031);
  and AND2_38(G1126,G912,G1031);
  and AND2_39(KeyWire_0[87], G899,G1031);
  xor KeyGate_0_87(G1129, keyIn_0_87, KeyWire_0[87]);
  nand NAND2_288(G1132,G1,G1036);
  nand NAND2_289(G1135,G2,G1039);
  nand NAND2_290(G1138,G3,G1042);
  nand NAND2_291(G1141,G4,G1045);
  nand NAND2_292(G1144,G5,G1048);
  nand NAND2_293(G1147,G6,G1051);
  nand NAND2_294(G1150,G7,G1054);
  nand NAND2_295(G1153,G8,G1057);
  nand NAND2_296(G1156,G9,G1060);
  nand NAND2_297(G1159,G10,G1063);
  nand NAND2_298(G1162,G11,G1066);
  nand NAND2_299(G1165,G12,G1069);
  nand NAND2_300(G1168,G13,G1072);
  nand NAND2_301(G1171,G14,G1075);
  nand NAND2_302(G1174,G15,G1078);
  nand NAND2_303(G1177,G16,G1081);
  nand NAND2_304(KeyWire_0[88], G17,G1084);
  xnor KeyGate_0_88(G1180, keyIn_0_88, KeyWire_0[88]);
  nand NAND2_305(G1183,G18,G1087);
  nand NAND2_306(G1186,G19,G1090);
  nand NAND2_307(KeyWire_0[89], G20,G1093);
  xor KeyGate_0_89(G1189, keyIn_0_89, KeyWire_0[89]);
  nand NAND2_308(KeyWire_0[90], G21,G1096);
  xor KeyGate_0_90(G1192, keyIn_0_90, KeyWire_0[90]);
  nand NAND2_309(KeyWire_0[91], G22,G1099);
  xnor KeyGate_0_91(KeyNOTWire_0[39], keyIn_0_91, KeyWire_0[91]);
  not KeyNOTGate_0_39(G1195, KeyNOTWire_0[39]);
  nand NAND2_310(KeyWire_0[92], G23,G1102);
  xor KeyGate_0_92(KeyNOTWire_0[40], keyIn_0_92, KeyWire_0[92]);
  not KeyNOTGate_0_40(G1198, KeyNOTWire_0[40]);
  nand NAND2_311(KeyWire_0[93], G24,G1105);
  xor KeyGate_0_93(KeyNOTWire_0[41], keyIn_0_93, KeyWire_0[93]);
  not KeyNOTGate_0_41(G1201, KeyNOTWire_0[41]);
  nand NAND2_312(G1204,G25,G1108);
  nand NAND2_313(G1207,G26,G1111);
  nand NAND2_314(G1210,G27,G1114);
  nand NAND2_315(G1213,G28,G1117);
  nand NAND2_316(KeyWire_0[94], G29,G1120);
  xnor KeyGate_0_94(G1216, keyIn_0_94, KeyWire_0[94]);
  nand NAND2_317(G1219,G30,G1123);
  nand NAND2_318(G1222,G31,G1126);
  nand NAND2_319(KeyWire_0[95], G32,G1129);
  xor KeyGate_0_95(KeyNOTWire_0[42], keyIn_0_95, KeyWire_0[95]);
  not KeyNOTGate_0_42(G1225, KeyNOTWire_0[42]);
  nand NAND2_320(G1228,G1,G1132);
  nand NAND2_321(G1229,G1036,G1132);
  nand NAND2_322(G1230,G2,G1135);
  nand NAND2_323(G1231,G1039,G1135);
  nand NAND2_324(G1232,G3,G1138);
  nand NAND2_325(G1233,G1042,G1138);
  nand NAND2_326(G1234,G4,G1141);
  nand NAND2_327(G1235,G1045,G1141);
  nand NAND2_328(G1236,G5,G1144);
  nand NAND2_329(G1237,G1048,G1144);
  nand NAND2_330(G1238,G6,G1147);
  nand NAND2_331(G1239,G1051,G1147);
  nand NAND2_332(G1240,G7,G1150);
  nand NAND2_333(G1241,G1054,G1150);
  nand NAND2_334(G1242,G8,G1153);
  nand NAND2_335(G1243,G1057,G1153);
  nand NAND2_336(G1244,G9,G1156);
  nand NAND2_337(G1245,G1060,G1156);
  nand NAND2_338(G1246,G10,G1159);
  nand NAND2_339(G1247,G1063,G1159);
  nand NAND2_340(G1248,G11,G1162);
  nand NAND2_341(G1249,G1066,G1162);
  nand NAND2_342(G1250,G12,G1165);
  nand NAND2_343(G1251,G1069,G1165);
  nand NAND2_344(G1252,G13,G1168);
  nand NAND2_345(G1253,G1072,G1168);
  nand NAND2_346(G1254,G14,G1171);
  nand NAND2_347(G1255,G1075,G1171);
  nand NAND2_348(G1256,G15,G1174);
  nand NAND2_349(G1257,G1078,G1174);
  nand NAND2_350(G1258,G16,G1177);
  nand NAND2_351(G1259,G1081,G1177);
  nand NAND2_352(KeyWire_0[96], G17,G1180);
  xor KeyGate_0_96(G1260, keyIn_0_96, KeyWire_0[96]);
  nand NAND2_353(KeyWire_0[97], G1084,G1180);
  xor KeyGate_0_97(KeyNOTWire_0[43], keyIn_0_97, KeyWire_0[97]);
  not KeyNOTGate_0_43(G1261, KeyNOTWire_0[43]);
  nand NAND2_354(G1262,G18,G1183);
  nand NAND2_355(G1263,G1087,G1183);
  nand NAND2_356(G1264,G19,G1186);
  nand NAND2_357(G1265,G1090,G1186);
  nand NAND2_358(KeyWire_0[98], G20,G1189);
  xor KeyGate_0_98(KeyNOTWire_0[44], keyIn_0_98, KeyWire_0[98]);
  not KeyNOTGate_0_44(G1266, KeyNOTWire_0[44]);
  nand NAND2_359(KeyWire_0[99], G1093,G1189);
  xnor KeyGate_0_99(KeyNOTWire_0[45], keyIn_0_99, KeyWire_0[99]);
  not KeyNOTGate_0_45(G1267, KeyNOTWire_0[45]);
  nand NAND2_360(KeyWire_0[100], G21,G1192);
  xor KeyGate_0_100(KeyNOTWire_0[46], keyIn_0_100, KeyWire_0[100]);
  not KeyNOTGate_0_46(G1268, KeyNOTWire_0[46]);
  nand NAND2_361(KeyWire_0[101], G1096,G1192);
  xor KeyGate_0_101(G1269, keyIn_0_101, KeyWire_0[101]);
  nand NAND2_362(KeyWire_0[102], G22,G1195);
  xor KeyGate_0_102(KeyNOTWire_0[47], keyIn_0_102, KeyWire_0[102]);
  not KeyNOTGate_0_47(G1270, KeyNOTWire_0[47]);
  nand NAND2_363(KeyWire_0[103], G1099,G1195);
  xor KeyGate_0_103(KeyNOTWire_0[48], keyIn_0_103, KeyWire_0[103]);
  not KeyNOTGate_0_48(G1271, KeyNOTWire_0[48]);
  nand NAND2_364(KeyWire_0[104], G23,G1198);
  xor KeyGate_0_104(KeyNOTWire_0[49], keyIn_0_104, KeyWire_0[104]);
  not KeyNOTGate_0_49(G1272, KeyNOTWire_0[49]);
  nand NAND2_365(KeyWire_0[105], G1102,G1198);
  xnor KeyGate_0_105(G1273, keyIn_0_105, KeyWire_0[105]);
  nand NAND2_366(KeyWire_0[106], G24,G1201);
  xnor KeyGate_0_106(G1274, keyIn_0_106, KeyWire_0[106]);
  nand NAND2_367(KeyWire_0[107], G1105,G1201);
  xnor KeyGate_0_107(G1275, keyIn_0_107, KeyWire_0[107]);
  nand NAND2_368(G1276,G25,G1204);
  nand NAND2_369(G1277,G1108,G1204);
  nand NAND2_370(G1278,G26,G1207);
  nand NAND2_371(G1279,G1111,G1207);
  nand NAND2_372(G1280,G27,G1210);
  nand NAND2_373(G1281,G1114,G1210);
  nand NAND2_374(G1282,G28,G1213);
  nand NAND2_375(G1283,G1117,G1213);
  nand NAND2_376(KeyWire_0[108], G29,G1216);
  xor KeyGate_0_108(KeyNOTWire_0[50], keyIn_0_108, KeyWire_0[108]);
  not KeyNOTGate_0_50(G1284, KeyNOTWire_0[50]);
  nand NAND2_377(G1285,G1120,G1216);
  nand NAND2_378(G1286,G30,G1219);
  nand NAND2_379(G1287,G1123,G1219);
  nand NAND2_380(G1288,G31,G1222);
  nand NAND2_381(G1289,G1126,G1222);
  nand NAND2_382(KeyWire_0[109], G32,G1225);
  xnor KeyGate_0_109(G1290, keyIn_0_109, KeyWire_0[109]);
  nand NAND2_383(KeyWire_0[110], G1129,G1225);
  xor KeyGate_0_110(G1291, keyIn_0_110, KeyWire_0[110]);
  nand NAND2_384(G1292,G1228,G1229);
  nand NAND2_385(G1293,G1230,G1231);
  nand NAND2_386(G1294,G1232,G1233);
  nand NAND2_387(G1295,G1234,G1235);
  nand NAND2_388(G1296,G1236,G1237);
  nand NAND2_389(G1297,G1238,G1239);
  nand NAND2_390(G1298,G1240,G1241);
  nand NAND2_391(G1299,G1242,G1243);
  nand NAND2_392(G1300,G1244,G1245);
  nand NAND2_393(G1301,G1246,G1247);
  nand NAND2_394(G1302,G1248,G1249);
  nand NAND2_395(G1303,G1250,G1251);
  nand NAND2_396(G1304,G1252,G1253);
  nand NAND2_397(G1305,G1254,G1255);
  nand NAND2_398(G1306,G1256,G1257);
  nand NAND2_399(G1307,G1258,G1259);
  nand NAND2_400(KeyWire_0[111], G1260,G1261);
  xor KeyGate_0_111(G1308, keyIn_0_111, KeyWire_0[111]);
  nand NAND2_401(G1309,G1262,G1263);
  nand NAND2_402(G1310,G1264,G1265);
  nand NAND2_403(KeyWire_0[112], G1266,G1267);
  xnor KeyGate_0_112(KeyNOTWire_0[51], keyIn_0_112, KeyWire_0[112]);
  not KeyNOTGate_0_51(G1311, KeyNOTWire_0[51]);
  nand NAND2_404(KeyWire_0[113], G1268,G1269);
  xor KeyGate_0_113(G1312, keyIn_0_113, KeyWire_0[113]);
  nand NAND2_405(KeyWire_0[114], G1270,G1271);
  xnor KeyGate_0_114(G1313, keyIn_0_114, KeyWire_0[114]);
  nand NAND2_406(KeyWire_0[115], G1272,G1273);
  xor KeyGate_0_115(KeyNOTWire_0[52], keyIn_0_115, KeyWire_0[115]);
  not KeyNOTGate_0_52(G1314, KeyNOTWire_0[52]);
  nand NAND2_407(KeyWire_0[116], G1274,G1275);
  xor KeyGate_0_116(G1315, keyIn_0_116, KeyWire_0[116]);
  nand NAND2_408(G1316,G1276,G1277);
  nand NAND2_409(G1317,G1278,G1279);
  nand NAND2_410(G1318,G1280,G1281);
  nand NAND2_411(G1319,G1282,G1283);
  nand NAND2_412(KeyWire_0[117], G1284,G1285);
  xnor KeyGate_0_117(KeyNOTWire_0[53], keyIn_0_117, KeyWire_0[117]);
  not KeyNOTGate_0_53(G1320, KeyNOTWire_0[53]);
  nand NAND2_413(G1321,G1286,G1287);
  nand NAND2_414(G1322,G1288,G1289);
  nand NAND2_415(KeyWire_0[118], G1290,G1291);
  xnor KeyGate_0_118(KeyNOTWire_0[54], keyIn_0_118, KeyWire_0[118]);
  not KeyNOTGate_0_54(G1323, KeyNOTWire_0[54]);
  not NOT_40(G1324,G1292);
  not NOT_41(G1325,G1293);
  not NOT_42(G1326,G1294);
  not NOT_43(KeyWire_0[119], G1295);
  xor KeyGate_0_119(G1327, keyIn_0_119, KeyWire_0[119]);
  not NOT_44(KeyWire_0[120], G1296);
  xnor KeyGate_0_120(KeyNOTWire_0[55], keyIn_0_120, KeyWire_0[120]);
  not KeyNOTGate_0_55(G1328, KeyNOTWire_0[55]);
  not NOT_45(G1329,G1297);
  not NOT_46(G1330,G1298);
  not NOT_47(G1331,G1299);
  not NOT_48(G1332,G1300);
  not NOT_49(G1333,G1301);
  not NOT_50(G1334,G1302);
  not NOT_51(G1335,G1303);
  not NOT_52(G1336,G1304);
  not NOT_53(G1337,G1305);
  not NOT_54(G1338,G1306);
  not NOT_55(G1339,G1307);
  not NOT_56(KeyWire_0[121], G1308);
  xnor KeyGate_0_121(G1340, keyIn_0_121, KeyWire_0[121]);
  not NOT_57(G1341,G1309);
  not NOT_58(G1342,G1310);
  not NOT_59(KeyWire_0[122], G1311);
  xnor KeyGate_0_122(KeyNOTWire_0[56], keyIn_0_122, KeyWire_0[122]);
  not KeyNOTGate_0_56(G1343, KeyNOTWire_0[56]);
  not NOT_60(KeyWire_0[123], G1312);
  xnor KeyGate_0_123(G1344, keyIn_0_123, KeyWire_0[123]);
  not NOT_61(KeyWire_0[124], G1313);
  xor KeyGate_0_124(G1345, keyIn_0_124, KeyWire_0[124]);
  not NOT_62(KeyWire_0[125], G1314);
  xnor KeyGate_0_125(G1346, keyIn_0_125, KeyWire_0[125]);
  not NOT_63(KeyWire_0[126], G1315);
  xor KeyGate_0_126(KeyNOTWire_0[57], keyIn_0_126, KeyWire_0[126]);
  not KeyNOTGate_0_57(G1347, KeyNOTWire_0[57]);
  not NOT_64(G1348,G1316);
  not NOT_65(G1349,G1317);
  not NOT_66(G1350,G1318);
  not NOT_67(G1351,G1319);
  not NOT_68(G1352,G1320);
  not NOT_69(G1353,G1321);
  not NOT_70(G1354,G1322);
  not NOT_71(KeyWire_0[127], G1323);
  xor KeyGate_0_127(G1355, keyIn_0_127, KeyWire_0[127]);

endmodule